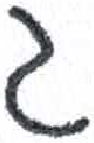
אות: ג